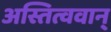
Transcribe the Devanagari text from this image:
अस्तित्ववान्‌